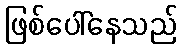
ဖြစ်ပေါ်နေသည်